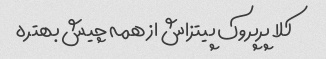
کلا پرپروک پیتزاش از همه چیش بهتره